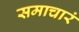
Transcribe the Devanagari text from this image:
समाचारं